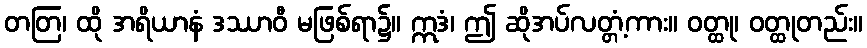
တတြ၊ ထို အရိယာနံ ဒဿာဝီ မဖြစ်ရာ၌။ ဣဒံ၊ ဤ ဆိုအပ်လတ္တံ့ကား။ ဝတ္ထု၊ ဝတ္ထုတည်း။